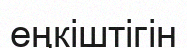
еңкіштігін